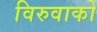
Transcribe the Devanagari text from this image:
विरुवाको